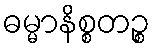
ဓမ္မာနိစ္စတဉ္စ